Annual returns of the Patna Lunatic Asylum at Bankipore in Bihar and Orissa - 1912-1924
Year: 1912
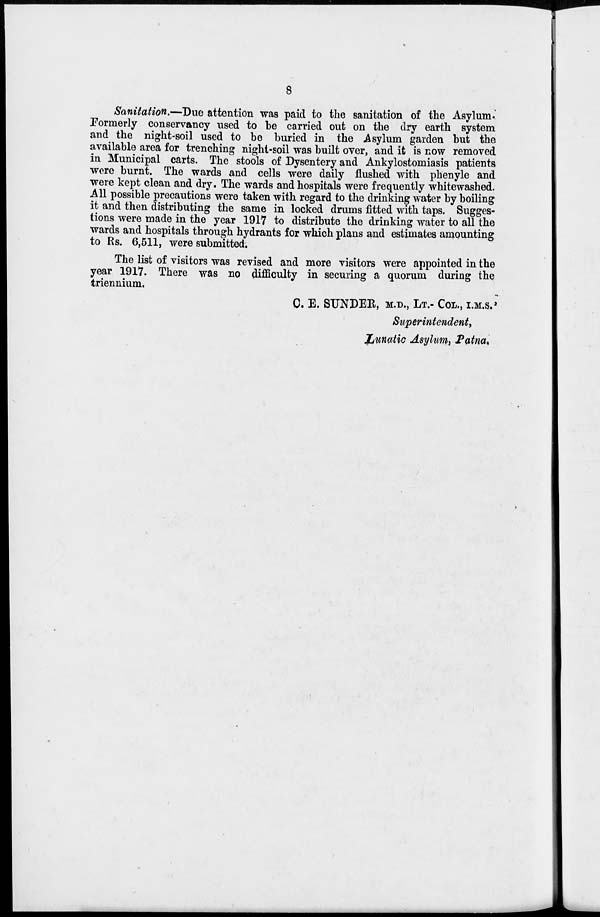
8
Sanitation.—Due attention was paid to the sanitation of the Asylum.
Formerly conservancy used to be carried out on the dry earth system
and the night-soil used to be buried in the Asylum garden but the
available area for trenching night-soil was built over, and it is now removed
in Municipal carts. The stools of Dysentery and Ankylostomiasis patients
were burnt. The wards and cells were daily flushed with phenyle and
were kept clean and dry. The wards and hospitals were frequently whitewashed.
All possible precautions were taken with regard to the drinking water by boiling
it and then distributing the same in locked drums fitted with taps. Sugges-
tions were made in the year 1917 to distribute the drinking water to all the
wards and hospitals through hydrants for which plans and estimates amounting
to Rs. 6,511, were submitted.
The list of visitors was revised and more visitors were appointed in the
year 1917. There was no difficulty in securing a quorum during the
triennium.
C. E. SUNDER, M.D., LT.- COL., I.M.S.'
Superintendent,
Lunatic Asylum, Patna.